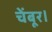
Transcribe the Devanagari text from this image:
चेंबूर।